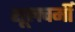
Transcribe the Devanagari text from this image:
शूलचर्मी